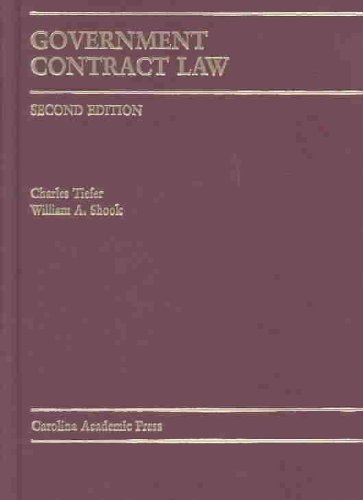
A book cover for Government Contract Law; Charles Tiefer and William A. Shook; Law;